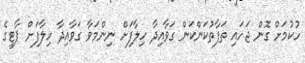
ހުކުމަށް ގޮން ޖަހައި ތަފާތުކަންކަން ގަވާއިދާ ހިލާފަށް ނިންމަވާ ގަވާއިދާ ހިލާފަށް ޕާޓީގެ